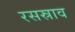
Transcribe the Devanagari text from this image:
रसस्राव